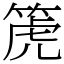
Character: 箎